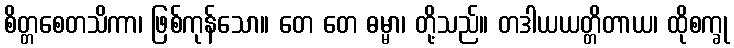
စိတ္တစေတသိကာ၊ ဖြစ်ကုန်သော။ တေ တေ ဓမ္မာ၊ တို့သည်။ တဒါယယတ္တိတာယ၊ ထိုစက္ခု